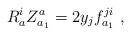
LaTeX: \begin{align*}R^i_aZ^a_{a_1}=2y_jf^{ji}_{a_1}\ , \end{align*}